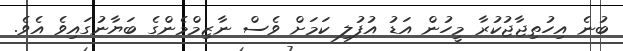
ބުނެ އިހުތިޖާޖުކުރާ މީހުން އަޑު އުފުލި ކަމަށް ވެސް ނާޒިމްމެންގެ ބަޔާނުގައިވެ އެވެ.